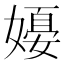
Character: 𪦗